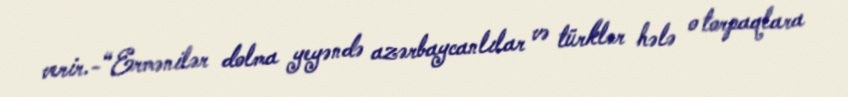
verir.-“Ermənilər dolma yeyəndə azərbaycanlılar və türklər hələ o torpaqlara